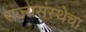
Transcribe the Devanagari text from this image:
राज्यसंस्थेचा